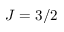
J = 3 / 2